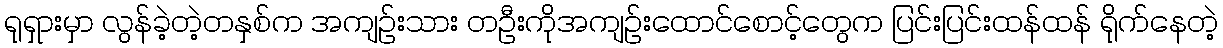
ရုရှားမှာ လွန်ခဲ့တဲ့တနှစ်က အကျဉ်းသား တဦးကိုအကျဉ်းထောင်စောင့်တွေက ပြင်းပြင်းထန်ထန် ရိုက်နေတဲ့